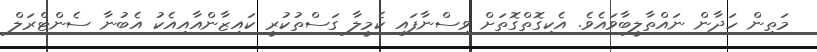
މަތިން ހަދާން ނައްތާލީބާވައެވެ. އެކިގޮތްގޮތަށް ވިސްނާފައި ކެމީލާ ގަސްތުކުރީ ކައިޒާންއާއިއެކު އެބުނާ ސެންޓްރަލް